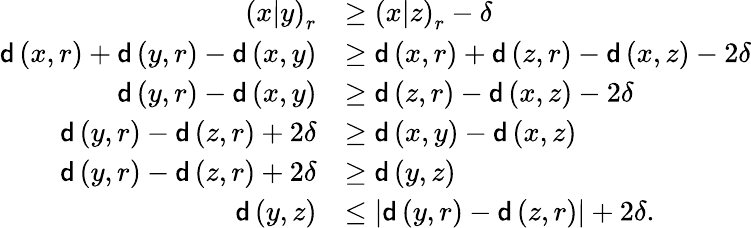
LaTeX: \begin{array}{rl}{\left(x|y\right)_{r}}&{\geq\left(x|z\right)_{r}-\delta}\\ {\mathsf{d}\left(x,r\right)+\mathsf{d}\left(y,r\right)-\mathsf{d}\left(x,y\right)}&{\geq\mathsf{d}\left(x,r\right)+\mathsf{d}\left(z,r\right)-\mathsf{d}\left(x,z\right)-2\delta}\\ {\mathsf{d}\left(y,r\right)-\mathsf{d}\left(x,y\right)}&{\geq\mathsf{d}\left(z,r\right)-\mathsf{d}\left(x,z\right)-2\delta}\\ {\mathsf{d}\left(y,r\right)-\mathsf{d}\left(z,r\right)+2\delta}&{\geq\mathsf{d}\left(x,y\right)-\mathsf{d}\left(x,z\right)}\\ {\mathsf{d}\left(y,r\right)-\mathsf{d}\left(z,r\right)+2\delta}&{\geq\mathsf{d}\left(y,z\right)}\\ {\mathsf{d}\left(y,z\right)}&{\leq\left|\mathsf{d}\left(y,r\right)-\mathsf{d}\left(z,r\right)\right|+2\delta.}\end{array}